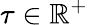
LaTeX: \tau\in\mathbb{R}^{+}